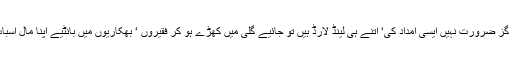
ہر گز ضرورت نہیں ایسی امداد کی‘ اتنے ہی لینڈ لارڈ ہیں تو جائیے گلی میں کھڑے ہو کر فقیروں ‘ بھکاریوں میں بانٹیے اپنا مال اسباب۔